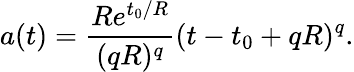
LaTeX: a(t)=\frac{Re^{t_{0}/R}}{(qR)^{q}}(t-t_{0}+qR)^{q}.